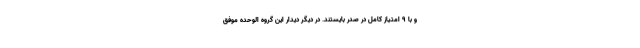
و با 9 امتیاز کامل در صدر بایستند. در دیگر دیدار این گروه الوحده موفق